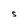
Character: S